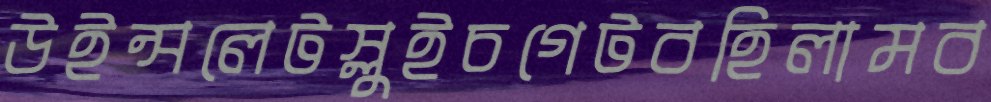
উইন্সলেটস্লুইচগেটবহিলামব